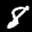
Label: 8